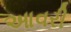
આવરી